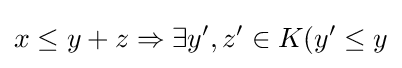
x\leq y+z\Rightarrow \exists y',z'\in K(y'\leq y